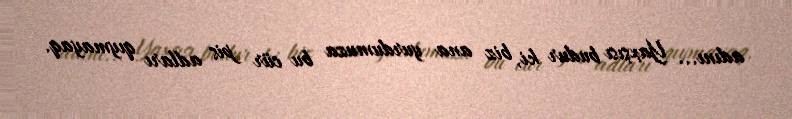
adını... Yaxşısı budur ki, biz ana yurdumuza bu cür pis adları qıymayaq.